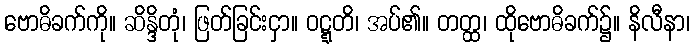
ဗောဓိခက်ကို။ ဆိန္ဒိတုံ၊ ဖြတ်ခြင်းငှာ။ ဝဋ္ဋတိ၊ အပ်၏။ တတ္ထ၊ ထိုဗောဓိခက်၌။ နိလီနာ၊